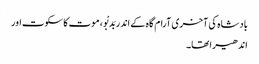
بادشاہ کی آخری آرام گاہ کے اندر بَدبْو، موت کا سکوت اور
اندھیرا تھا۔